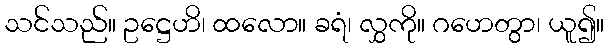
သင်သည်။ ဥဋ္ဌေဟိ၊ ထလော။ ခရံ၊ လွှကို။ ဂဟေတွာ၊ ယူ၍။